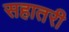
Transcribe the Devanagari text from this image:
सहातरी